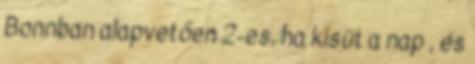
Bonnban alapvetően 2-es, ha kisüt a nap , és